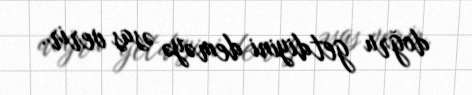
doğru getdiyini deməyə əsas verir.